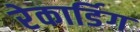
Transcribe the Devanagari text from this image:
रेकार्डिग